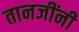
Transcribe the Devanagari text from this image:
तानजींनी